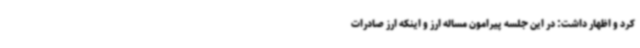
کرد و اظهار داشت: در این جلسه پیرامون مساله ارز و اینکه ارز صادرات